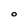
Character: O